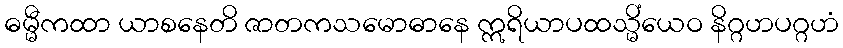
ဓမ္မီကထာ ယာစနေတိ ဇာတကသမောဓာနေ ဣရိယာပထသ္မိံယေဝ နိဂ္ဂဟပဂ္ဂဟံ